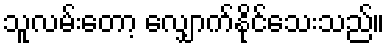
သူလမ်းတော့ လျှောက်နိုင်သေးသည်။